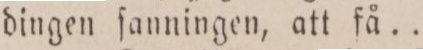
dingen ſanningen, att få ...